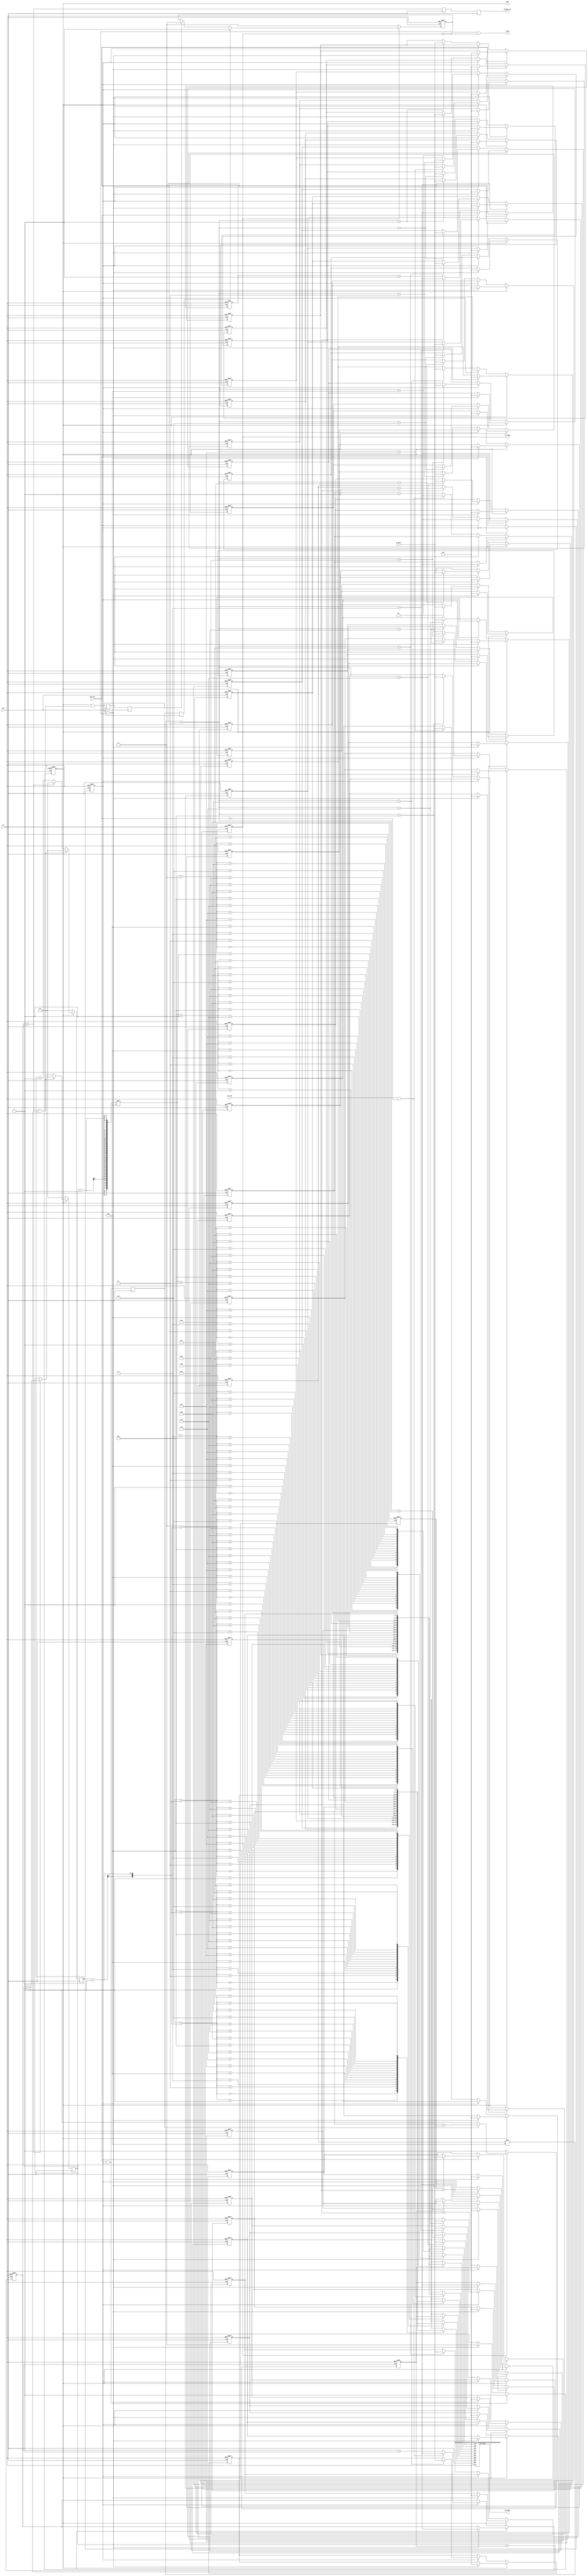
`timescale 1ns/10ps

// 
// Designer: M16121093
//

module MM
#(parameter DATA_WIDTH=8 )(
input wire [DATA_WIDTH-1:0] in_data , 
input wire                  col_end, 
input wire                  row_end, 
output reg                  is_legal, 
output wire [19:0]          out_data,
input wire                  rst, 
input wire                  clk , 
output reg                  change_row,
output wire                 valid,
output reg                  busy                 );

// ------------------------
// Parameters
// ------------------------

//* 1. for loop int
integer i , j ;
//* 2. fontrol flags
reg output_is_done_flag ;
reg current_input_is_A_or_B ; //! 0:A 1:B
reg input_is_done_flag ;
//* 3. counter
reg [1:0] saving_cnt_i , saving_cnt_j ;
reg [1:0] cal_cnt_i , cal_cnt_j ;
//* 4. storage
//! Matrix A (n,m) x Matrix B (m,p) = Matrix C (n,p)
reg [1:0] A_m ;
reg [1:0] A_n ;
reg [1:0] B_m ;
reg [1:0] B_p ;
reg [DATA_WIDTH-1:0] matrix_A [0:3] [0:3] ;
reg [DATA_WIDTH-1:0] matrix_B [0:3] [0:3] ;
//* IP 
//! These are the input ports of the mult adder 
//! A1, A2, A3, B1, B2, B3 would be synthesized into wires
reg [DATA_WIDTH-1:0] A1 ;
reg [DATA_WIDTH-1:0] A2 ;
reg [DATA_WIDTH-1:0] A3 ;
reg [DATA_WIDTH-1:0] A4 ;
reg [DATA_WIDTH-1:0] B1 ;
reg [DATA_WIDTH-1:0] B2 ;
reg [DATA_WIDTH-1:0] B3 ;
reg [DATA_WIDTH-1:0] B4 ;
wire [DATA_WIDTH*2+3:0] IP_out_data ;
//* Pipeline registers
reg input_is_done_flag_q ;
reg output_is_done_flag_q ;
reg valid_q ;
reg change_row_q ;

wire input_end_assert;

// ------------------------
// Output 
// ------------------------
//* valid
assign valid = valid_q | ~is_legal ;

//* busy
always @(posedge clk or posedge rst) begin
    if (rst)                                  busy <= 0 ;        
    else if (input_end_assert)                busy <= 1 ;
    else if (output_is_done_flag | ~is_legal) busy <= 0 ;
end

//* out_data
assign out_data = IP_out_data ;

//* change_row
always @(posedge clk) change_row_q <= cal_cnt_i == B_p ;
always @(posedge clk) change_row <= change_row_q ;

//* is_legal
always @(posedge clk or posedge rst) begin
    if (rst)                     is_legal <= 1 ;
    else if (is_legal==0)        is_legal <= 1 ;
    else if (input_is_done_flag) is_legal <= (A_m == B_m);
end

// ------------------------
// Data storage 
// ------------------------

//* current_input_is_A_or_B
always @(posedge clk or posedge rst) begin
    if (rst) current_input_is_A_or_B <= 0 ;
    else if (row_end) current_input_is_A_or_B <= ~current_input_is_A_or_B ;
end

//* A_m , A_n , B_m , B_p 
//! Reset function can't be removed here.
always @(posedge clk or posedge rst) begin
    if (rst) begin
        A_m <= 0 ;
        A_n <= 0 ;
        B_m <= 0 ;
        B_p <= 0 ;
    end else begin
        if (~busy) begin
            if (~current_input_is_A_or_B) begin         // A input
                if (col_end & ~row_end) A_m <= 0 ;
                else A_m <= A_m + 1;

                A_n <= A_n + col_end ;
            end else begin                              // B input
                if (col_end & ~row_end) B_p <= 0 ;
                else B_p <= B_p + 1;

                B_m <= B_m + col_end ;
            end
        end else if (output_is_done_flag | ~is_legal) begin
            A_m <= 0 ;
            A_n <= 0 ;
            B_m <= 0 ;
            B_p <= 0 ;
        end
    end
end

//* saving cnt 
always @(posedge clk or posedge rst) begin
    if (rst) begin
        saving_cnt_i <= 0;
        saving_cnt_j <= 0;
    end else begin
        if (~busy) begin
            if (row_end) begin
                saving_cnt_i <= 0 ;
                saving_cnt_j <= 0 ;
            end else if (col_end) begin  
                saving_cnt_i <= 0 ;
                saving_cnt_j <= saving_cnt_j + 1 ;
            end else begin
                saving_cnt_i <= saving_cnt_i + 1 ;
                saving_cnt_j <= saving_cnt_j ;
            end
        end else begin
            saving_cnt_i <= 0;
            saving_cnt_j <= 0;
        end
    end
end

// * Matrix A (n,m) , Matrix B (m,p) 
// TODO : try to remove the reset function
always @(posedge clk or posedge rst) begin
    if (rst) begin
        for (i=0;i<4;i=i+1) begin
            for (j=0;j<4;j=j+1) begin
                matrix_A[i][j] <= 0;
                matrix_B[i][j] <= 0;
            end
        end
    end else if (~busy) begin
        if (~current_input_is_A_or_B) begin
            matrix_A[saving_cnt_j][saving_cnt_i] <= in_data ;
        end else begin
            matrix_B[saving_cnt_j][saving_cnt_i] <= in_data ;
        end
    end else if (output_is_done_flag | ~is_legal) begin
        for (i=0;i<4;i=i+1) begin
            for (j=0;j<4;j=j+1) begin
                matrix_A[i][j] <= 0;
                matrix_B[i][j] <= 0;
            end
        end
    end
end

// ------------------------
// Calculate 
// ------------------------

//* input_is_done_flag_q
assign input_end_assert = row_end & current_input_is_A_or_B ;
always @(posedge clk) input_is_done_flag <= input_end_assert ;
always @(posedge clk) input_is_done_flag_q <= input_is_done_flag ;

//* cal_cnt
always @(posedge clk) begin
    if (~busy) begin 
        cal_cnt_i <= 1;
        cal_cnt_j <= 1;
    end else if (busy) begin
        if (cal_cnt_i == B_p &&cal_cnt_j == A_n) begin
            cal_cnt_i <= 1;
            cal_cnt_j <= 1;
        end else if (cal_cnt_i == B_p) begin
            cal_cnt_i <= 1;
            cal_cnt_j <= cal_cnt_j + 1;
        end else begin
            cal_cnt_i <= cal_cnt_i + 1;
            cal_cnt_j <= cal_cnt_j ;
        end
    end
end

//* IP input
always @(*) begin
    A1 = matrix_A[cal_cnt_j-1][0];
    A2 = matrix_A[cal_cnt_j-1][1];
    A3 = matrix_A[cal_cnt_j-1][2];
    A4 = matrix_A[cal_cnt_j-1][3];
    B1 = matrix_B[0][cal_cnt_i-1];
    B2 = matrix_B[1][cal_cnt_i-1];
    B3 = matrix_B[2][cal_cnt_i-1];
    B4 = matrix_B[3][cal_cnt_i-1];
end

//* valid_q
always @(posedge clk or posedge rst) begin
    if (rst)                            valid_q <= 0 ;
    else begin
        if      (~is_legal)             valid_q <= 0 ;
        else if (input_is_done_flag_q)  valid_q <= 1 ;
        else if (output_is_done_flag )  valid_q <= 0 ;
    end
end

//* output_is_done_flag
wire output_is_done_assert = busy && (cal_cnt_i == B_p && cal_cnt_j == A_n) ;
always @(posedge clk) output_is_done_flag_q <= output_is_done_assert ;
always @(posedge clk) output_is_done_flag <= output_is_done_flag_q ;

//* Only for testing ( vcd can't dump 2-D array)
// wire [DATA_WIDTH-1:0] A_0_0 = matrix_A[0][0];
// wire [DATA_WIDTH-1:0] A_0_1 = matrix_A[0][1];
// wire [DATA_WIDTH-1:0] A_0_2 = matrix_A[0][2];
// wire [DATA_WIDTH-1:0] A_1_0 = matrix_A[1][0];
// wire [DATA_WIDTH-1:0] A_1_1 = matrix_A[1][1];
// wire [DATA_WIDTH-1:0] A_1_2 = matrix_A[1][2];
// wire [DATA_WIDTH-1:0] A_2_0 = matrix_A[2][0];
// wire [DATA_WIDTH-1:0] A_2_1 = matrix_A[2][1];
// wire [DATA_WIDTH-1:0] A_2_2 = matrix_A[2][2];
// wire [DATA_WIDTH-1:0] B_0_0 = matrix_B[0][0];
// wire [DATA_WIDTH-1:0] B_0_1 = matrix_B[0][1];
// wire [DATA_WIDTH-1:0] B_0_2 = matrix_B[0][2];
// wire [DATA_WIDTH-1:0] B_1_0 = matrix_B[1][0];
// wire [DATA_WIDTH-1:0] B_1_1 = matrix_B[1][1];
// wire [DATA_WIDTH-1:0] B_1_2 = matrix_B[1][2];
// wire [DATA_WIDTH-1:0] B_2_0 = matrix_B[2][0];
// wire [DATA_WIDTH-1:0] B_2_1 = matrix_B[2][1];
// wire [DATA_WIDTH-1:0] B_2_2 = matrix_B[2][2];

// ------------------------
// IP 
// ------------------------

mult_add #(DATA_WIDTH) mult_add_inst (A1,A2,A3,A4,B1,B2,B3,B4,clk,rst,IP_out_data);
endmodule

module mult_add 
#(parameter DATA_WIDTH=8 )(
    input wire signed [DATA_WIDTH-1:0] A1 ,
    input wire signed [DATA_WIDTH-1:0] A2 ,
    input wire signed [DATA_WIDTH-1:0] A3 ,
    input wire signed [DATA_WIDTH-1:0] A4 ,
    input wire signed [DATA_WIDTH-1:0] B1 ,
    input wire signed [DATA_WIDTH-1:0] B2 ,
    input wire signed [DATA_WIDTH-1:0] B3 ,
    input wire signed [DATA_WIDTH-1:0] B4 ,
    input wire clk ,
    input wire rst ,
    output reg signed [DATA_WIDTH*2+3:0] out_data  );

    reg signed [DATA_WIDTH*2-1:0] mult_result_1 ; 
    reg signed [DATA_WIDTH*2-1:0] mult_result_2 ; 
    reg signed [DATA_WIDTH*2-1:0] mult_result_3 ; 
    reg signed [DATA_WIDTH*2-1:0] mult_result_4 ; 
    always @(posedge clk or posedge rst) begin
        if (rst) begin
            mult_result_1 <= 0;
            mult_result_2 <= 0;
            mult_result_3 <= 0;
            mult_result_4 <= 0;
        end else begin
            mult_result_1 <= A1 * B1 ;
            mult_result_2 <= A2 * B2 ;
            mult_result_3 <= A3 * B3 ;
            mult_result_4 <= A4 * B4 ;
        end
    end

    always @(posedge clk or posedge rst) begin
        if (rst) begin
            out_data <= 0;
        end else begin
            out_data <= mult_result_1 + mult_result_2 + mult_result_3 + mult_result_4 ;
        end
    end
endmodule